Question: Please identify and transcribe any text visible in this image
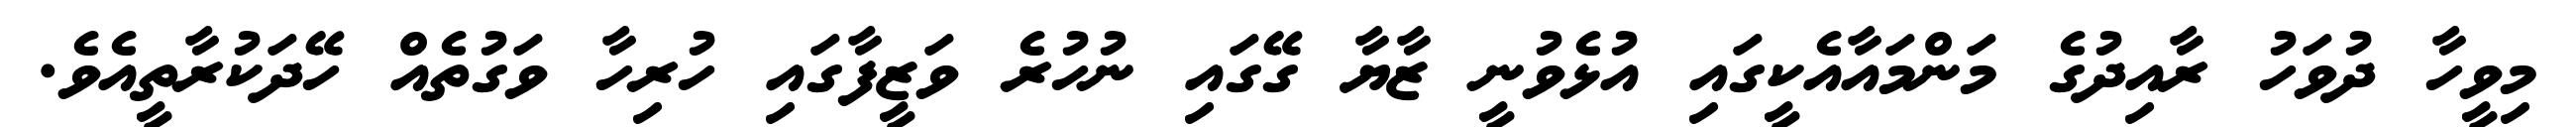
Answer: މިވީހާ ދުވަހު ރާއިދުގެ މަންމައާއެކީގައި އުޅެވުނީ ޒާޔާ ގޭގައި ނުހުރެ ވަޒީފާގައި ހުރިހާ ވަގުތެއް ހޭދަކުރާތީއެވެ.